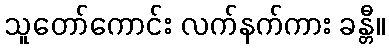
သူတော်ကောင်း လက်နက်ကား ခန္တီ။